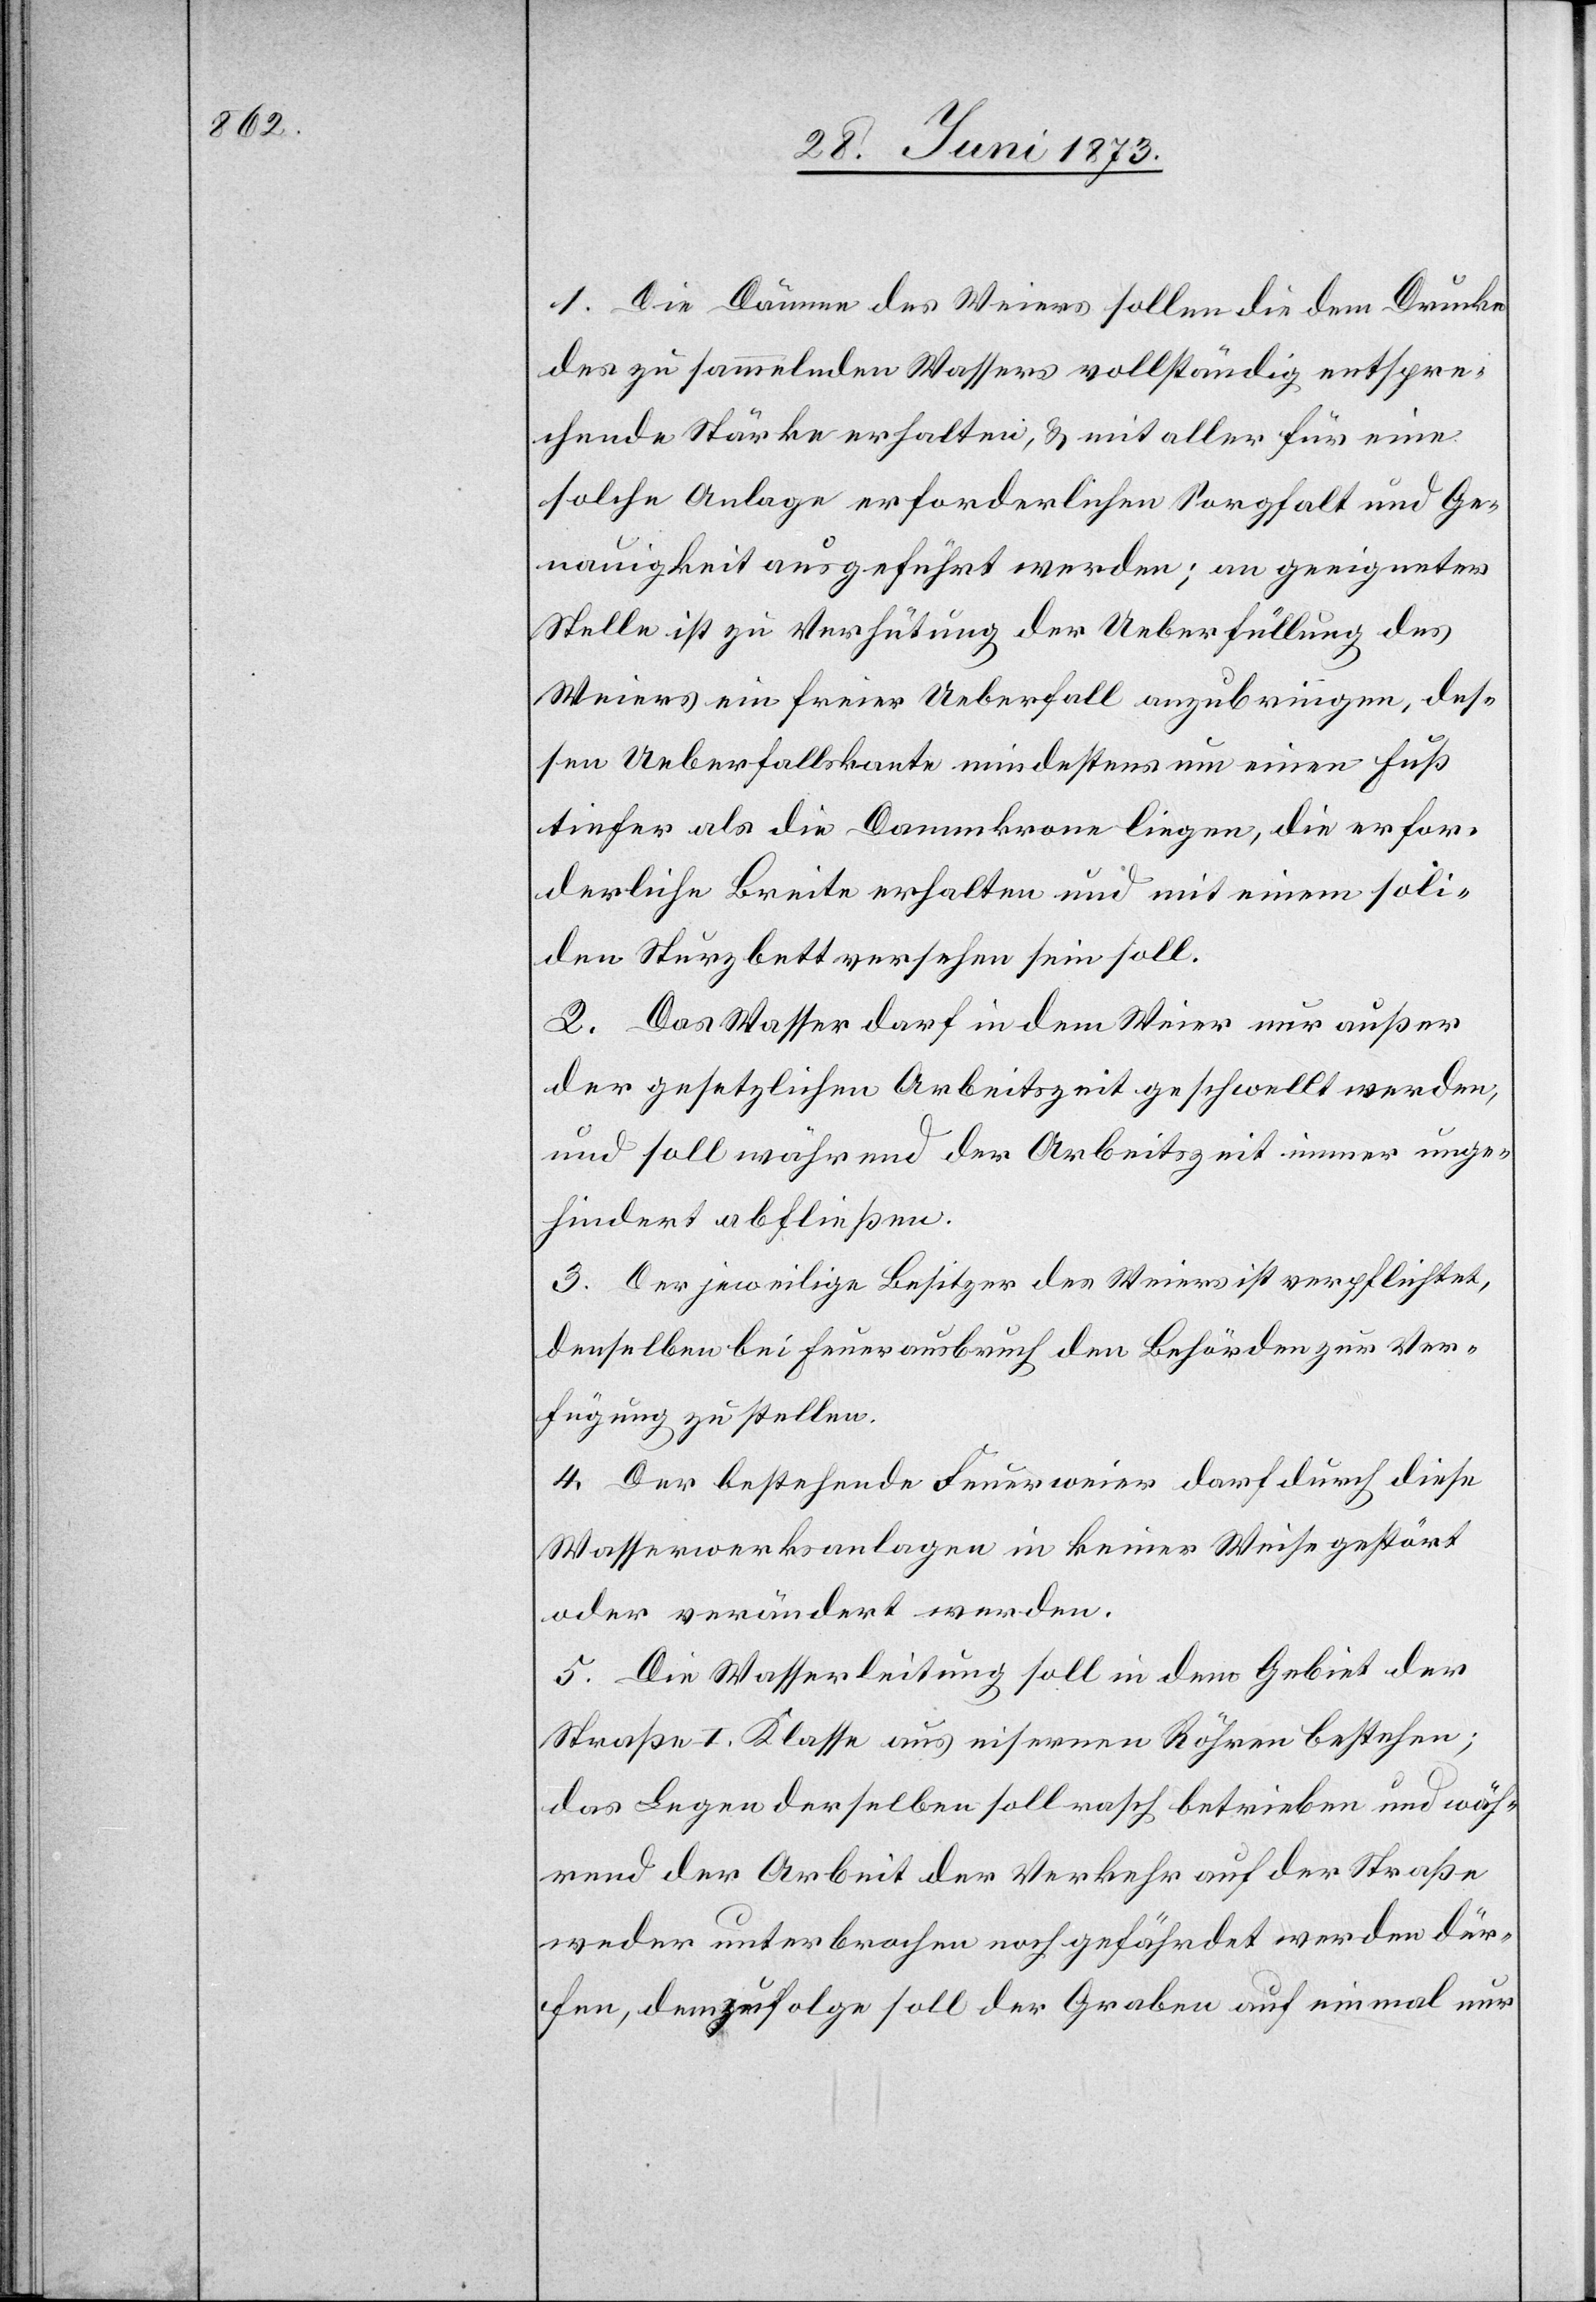
1. Die Dämme des Weiers sollen die dem Drucke
des zu sammelnden Wassers vollständig entspre¬
chende Stärke erhalten, & mit aller für eine
solche Anlage erforderlichen Sorgfalt und Ge¬
nauigkeit ausgeführt werden; an geeigneter
Stelle ist zu Verhütung der Ueberfüllung des
Weiers ein freier Ueberfall anzubringen, des¬
sen Ueberfallskante mindestens um einen Fuß
tiefer als die Dammkrone liegen, die erfor¬
derliche Breite erhalten und mit einem soli¬
den Sturzbett versehen sein soll.
2. Das Wasser darf in dem Weier nur außer
der gesetzlichen Arbeitszeit geschwellt werden,
und soll währen der Arbeitszeit immer unge¬
hindert abfließen.
3. Der jeweilige Besitzer des Weiers ist verpflichtet,
denselben bei Feuerausbruch den Behörden zur Ver¬
fügung zu stellen.
4. Der bestehende Feuerweier darf durch diese
Wasserwerksanlagen in keiner Weise gestört
oder verändert werden.
5. Die Wasserleitung soll in dem Gebiet der
Straße I. Klasse aus eisernen Röhren bestehen;
das Legen derselben soll rasch betrieben und wäh¬
rend der Arbeit der Verkehr auf der Straße
weder unterbrochen noch gefährdet werden dür¬
fen, demzufolge soll der Graben auf einmal nur